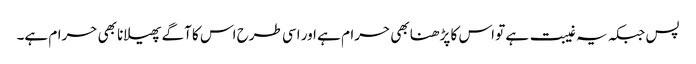
پس جبکہ یہ غیبت ہے تو اس کا پڑھنا بھی حرام ہے اور اسی طرح اس کا آگے پھیلانا بھی حرام ہے۔